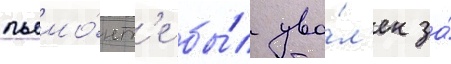
пьемо́нт'е бы́л уво́л'ен за́